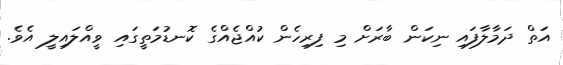
އަތް ދަމާލާފައި ނިކަން ބާރަށް މި ފިރިހެން ކުއްޖެއްގެ ކޮނޑުމަތީގައި ވީއްލައިލީ އެވެ.